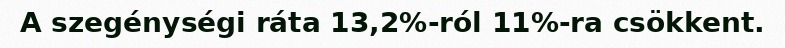
A szegénységi ráta 13,2%-ról 11%-ra csökkent.